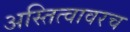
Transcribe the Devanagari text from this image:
अस्तित्वावरच